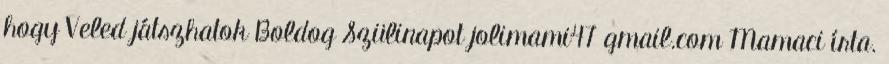
hogy Veled játszhatok Boldog Szülinapot jolimami47 gmail.com Mamaci írta.